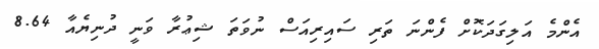
އެންމެ އަލިގަދަކޮށް ފެންނަ ތަރި ސައިރިއަސް ނުވަތަ ޝިޢުރާ ވަނީ ދުނިޔެއާ 8.64